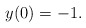
\begin{align*} y(0)=-1.\end{align*}